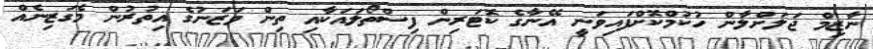
ނާޒިމް ޖަލަށްލާން ހުކުމްކޮށްފައިވަނީ އޭނާގެ ކޮޓަރިން ފިސްތޯލައަކާއި ތިން ވަޒަނުގެ އިތުރުން މެގަޒިނެއް